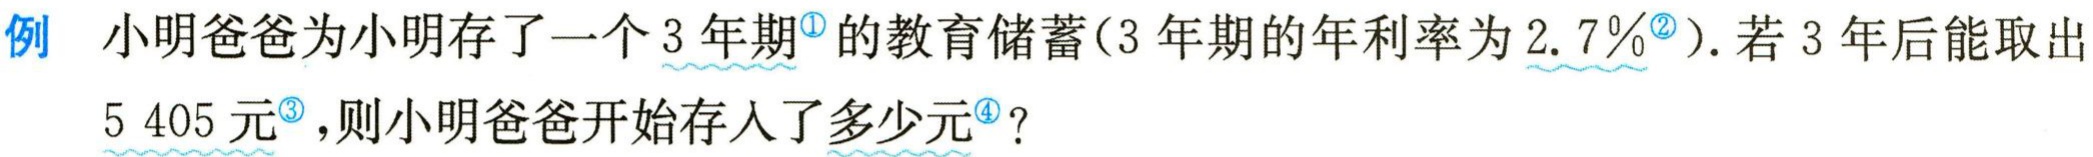
例 小明爸爸为小明存了一个 3 年期<sup>\textcircled{1}</sup>的教育储蓄(3 年期的年利率为 2.7％<sup>\textcircled{2}</sup>). 若 3 年后能取出
5 405 元<sup>\textcircled{3}</sup>，则小明爸爸开始存入了多少元<sup>\textcircled{4}</sup>？